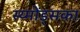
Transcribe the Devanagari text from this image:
स्य्मोंड्सका